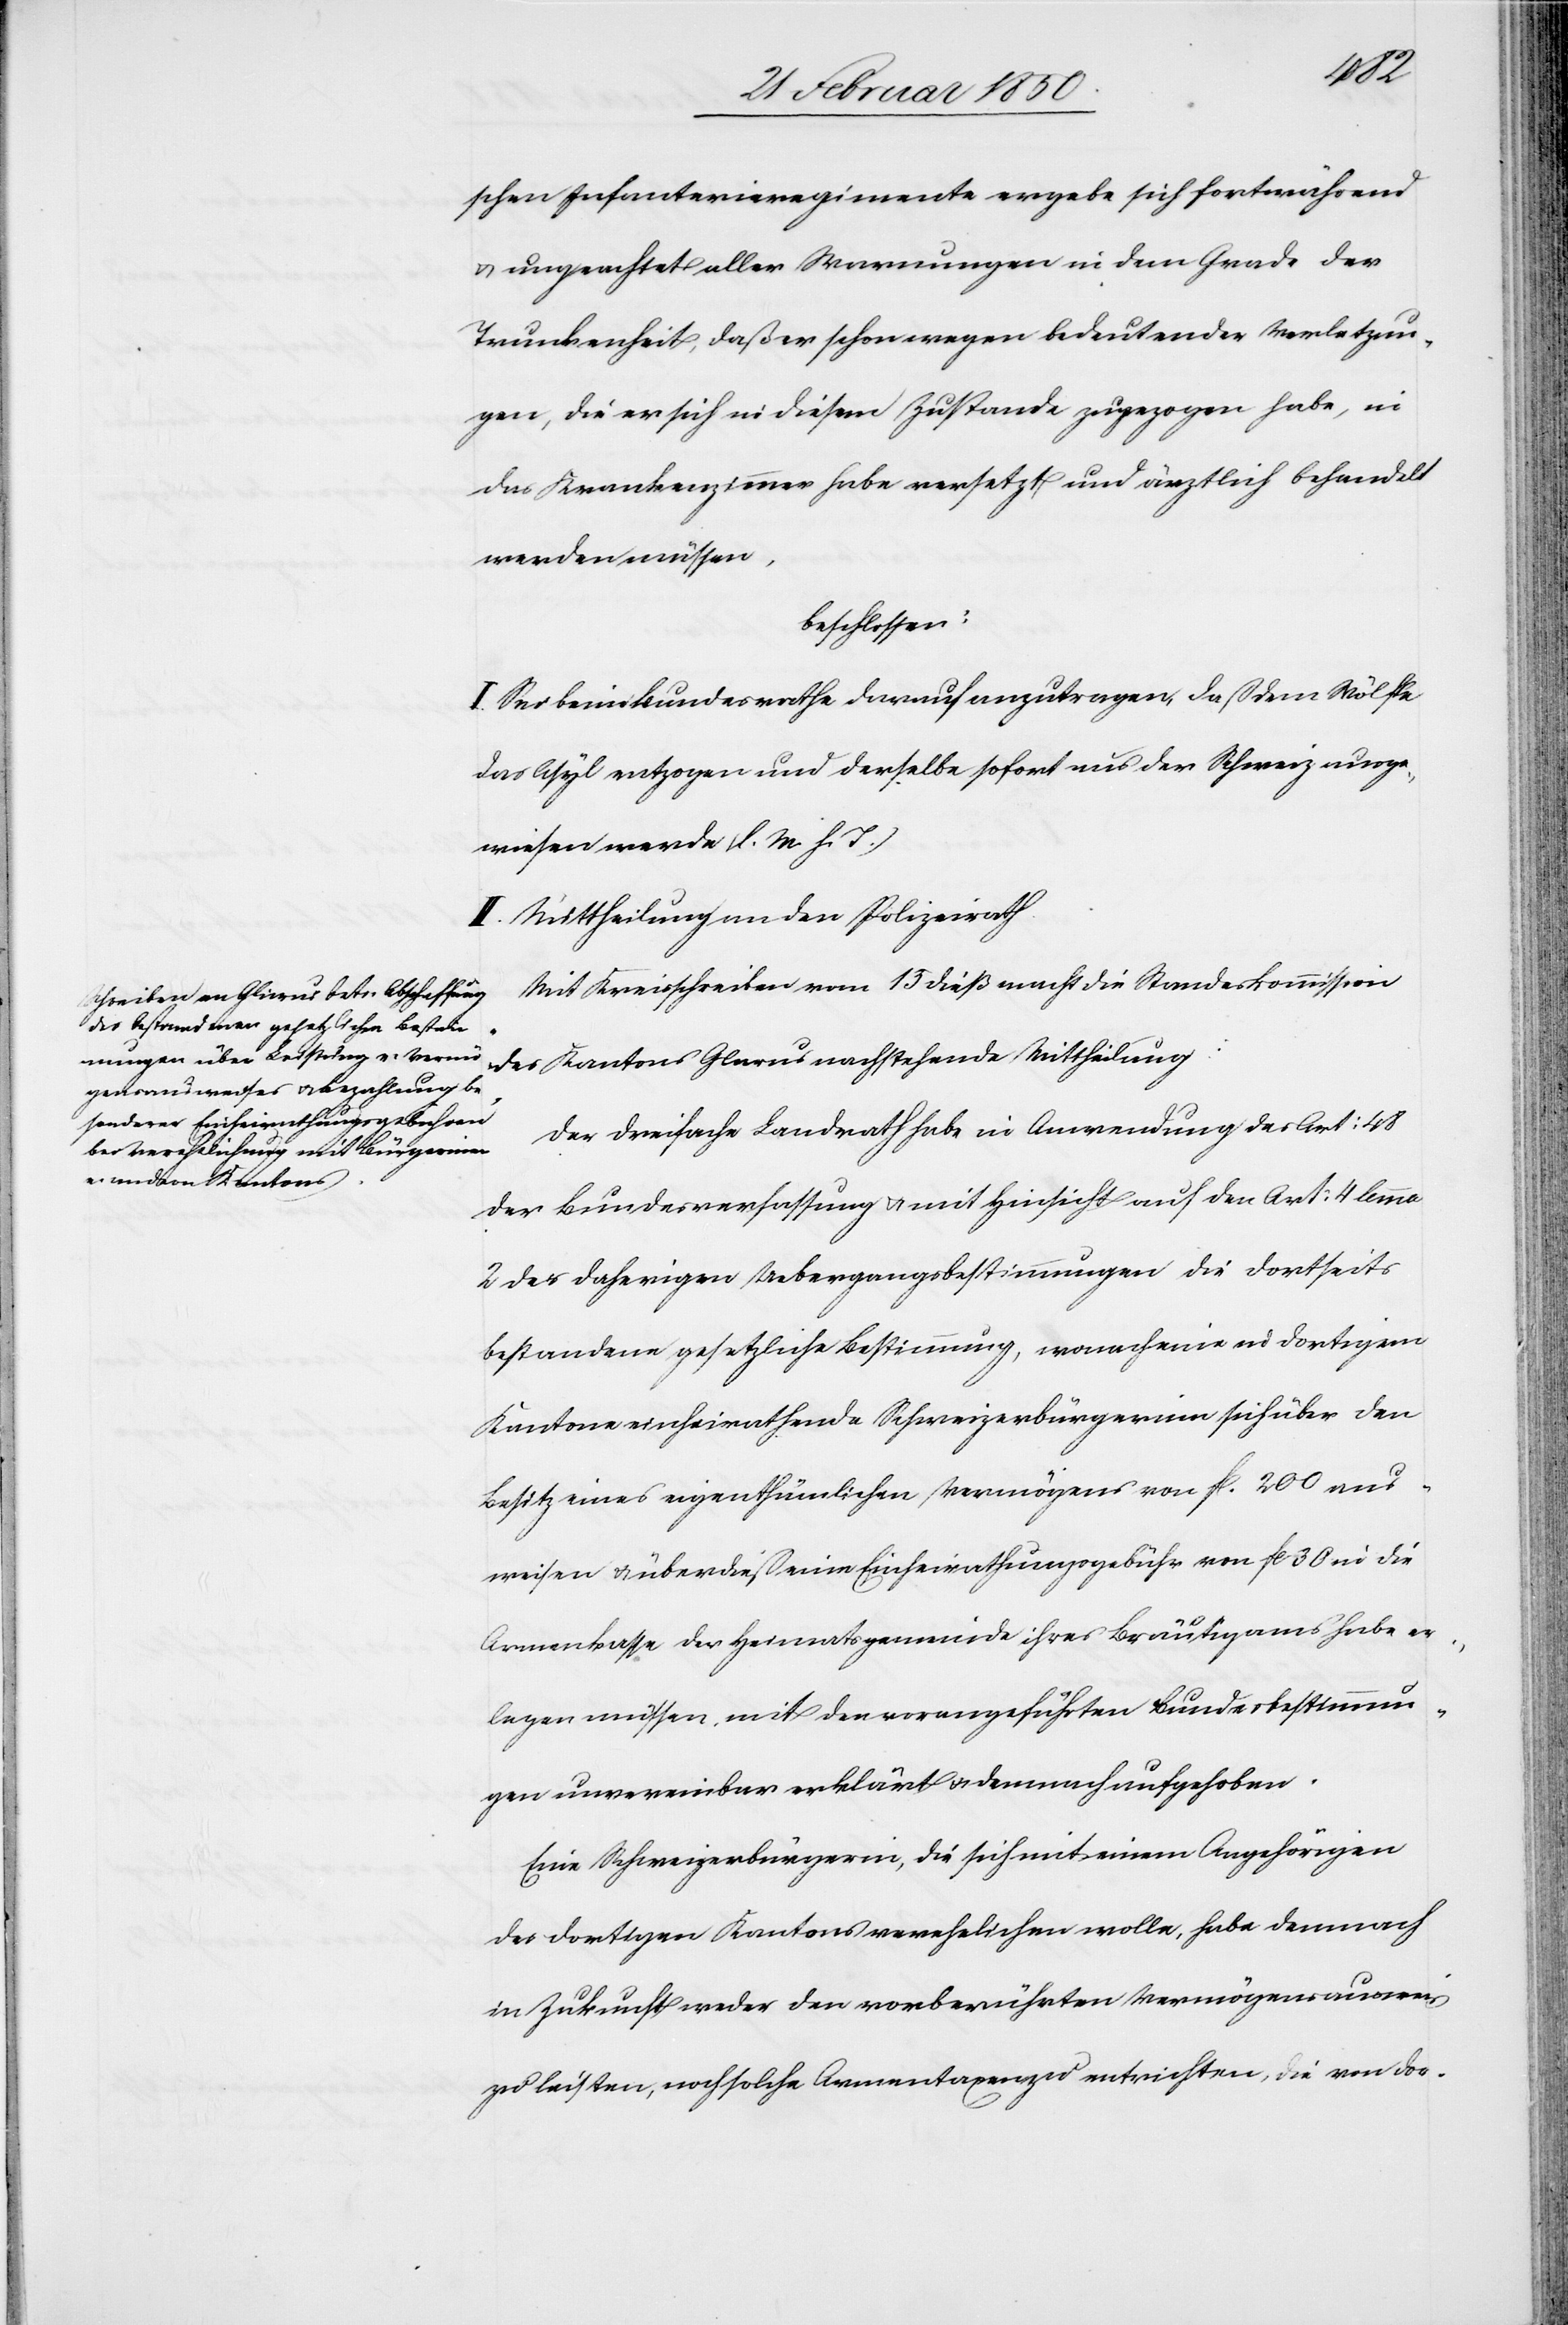
schen Infanterieregimente ergebe sich fortwährend
u. ungeachtet aller Warnungen in den Grade der
Trunkenheit, daß er schon wegen bedeutender Verletzun¬
gen, die er sich in diesem Zustande zugezogen habe, in
das Krankenzimmer habe versetzt und ärztlich behandelt
werden müssen,
beschlossen:
I. Sei beim Bundesrathe darauf anzutragen, daß dem Wölfle
das Asyl entzogen und derselbe sofort aus der Schweiz ausge¬
wiesen werde (l. M. v. T.)
II. Mittheilung an den Polizeirath.
Mit Kreisschreiben vom 15 dieß macht die Standeskommission
des Kantons Glarus nachstehende Mittheilung:
Der dreifache Landrath habe in Anwendung des Art: 48
der Bundesverfassung u. mit Hinsicht auf den Art: 4 lemma
2 der daherigen Uebergangsbestimmungen die dortseits
bestandene gesetzliche Bestimmung, wonach eine in dortigem
Kantone einheirathende Schweizerbürgerinn sich über den
Besitz eines eigenthümlichen Vermögens von fl. 200 aus¬
weisen u. überdieß eine Einheirathungsgebühr von fl 30 in die
Armenkasse der Heimatsgemeinde ihres Bräutigams habe er¬
legen müssen, mit den vorangeführten Bundesbestimmun¬
gen unvereinbar erklärt u. demnach aufgehoben.
Eine Schweizerbürgerin, die sich mit einem Angehörigen
des dortigen Kantons verehelichen wolle, habe demnach
in Zukunft weder den vorberührten Vermögensausweis
zu leisten, noch solche Armentaxen zu entrichten, die von dor-